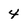
Character: 4